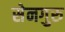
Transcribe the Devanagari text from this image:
सेनगुरु